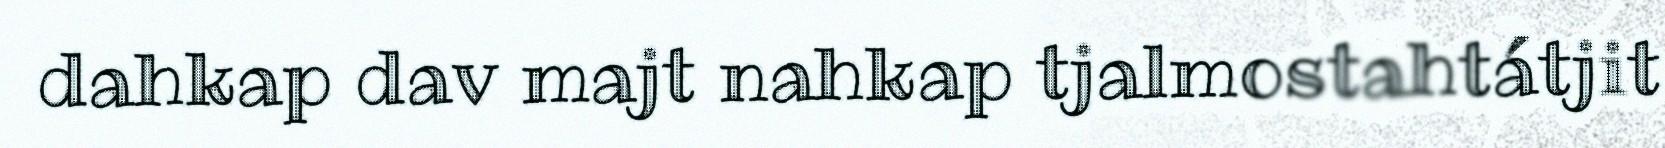
dahkap dav majt nahkap tjalmostahtátjit